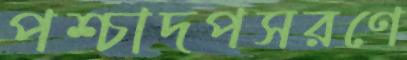
পশ্চাদপসরণে